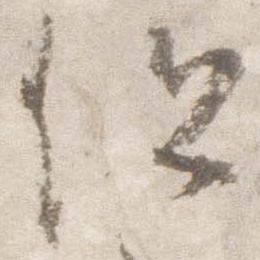
但